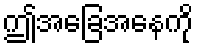
ဤအခြေအနေကို